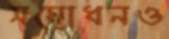
সম্বোধনও